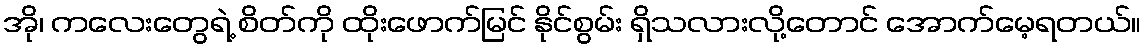
အို၊ ကလေးတွေရဲ့ စိတ်ကို ထိုးဖောက်မြင် နိုင်စွမ်း ရှိသလားလို့တောင် အောက်မေ့ရတယ်။